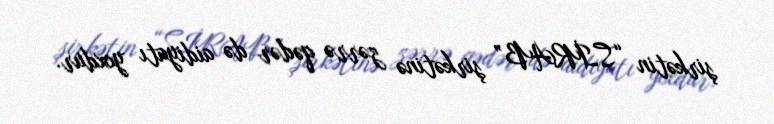
şirkətin “SİRAB” şirkətinə zərrə qədər də aidiyatı yoxdur.